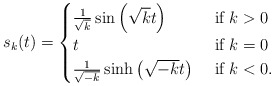
\begin{align*}s_k(t)=\begin{cases}\frac{1}{\sqrt{k}} \sin \left(\sqrt{k}t\right)&\textrm{ if }k>0\\t&\textrm{ if }k=0\\\frac{1}{\sqrt{-k}}\sinh \left(\sqrt{-k}t\right)&\textrm{ if }k<0.\end{cases}\end{align*}